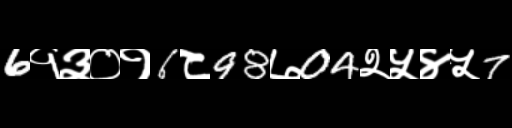
Text: 6१३०१6८98७04२५४५7